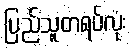
ပြည်သူတရပ်လုံး